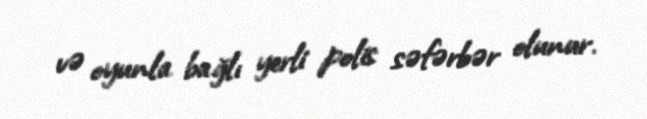
və oyunla bağlı yerli polis səfərbər olunur.